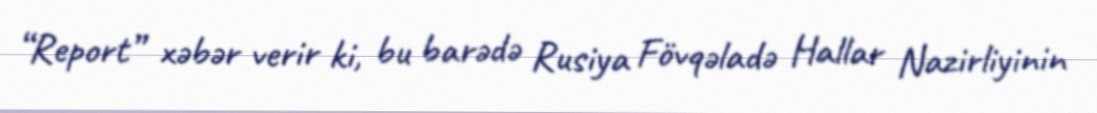
“Report” xəbər verir ki, bu barədə Rusiya Fövqəladə Hallar Nazirliyinin